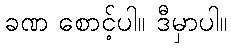
ခဏ စောင့်ပါ။ ဒီမှာပါ။